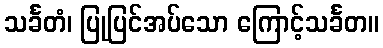
သင်္ခတံ၊ ပြုပြင်အပ်သော ကြောင့်သင်္ခတ။